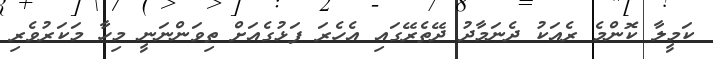
ކަމީލާ ކޮންމެ ރެއަކު ދެނަމާދު ދޭތެރޭގައި އެހެރަ ފަޅުގެއަށް ތިވަންނަނީ މިހާ މަކަރުވެރި